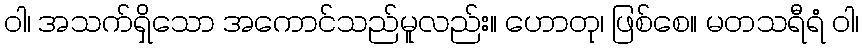
ဝါ၊ အသက်ရှိသော အကောင်သည်မူလည်း။ ဟောတု၊ ဖြစ်စေ။ မတသရီရံ ဝါ၊